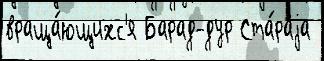
враща́ющихс'я Барад-дур Ста́раjа